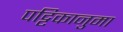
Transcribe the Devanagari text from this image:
पट्टिकानुमा